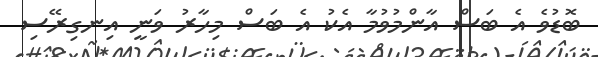
ބޮޑުވެ އެ ބަސް އާންމުވުމާ އެކު އެ ބަސް މިހާރު ވަނީ އިނގިރޭސި